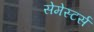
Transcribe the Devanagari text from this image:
सेमेस्टर्स